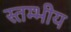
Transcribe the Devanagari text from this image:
स्तम्भीय